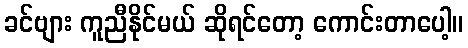
ခင်ဗျား ကူညီနိုင်မယ် ဆိုရင်တော့ ကောင်းတာပေါ့။